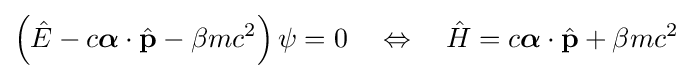
\left({\hat {E}}-c{\boldsymbol {\alpha }}\cdot {\hat {\mathbf {p} }}-\beta mc^{2}\right)\psi =0\quad \Leftrightarrow \quad {\hat {H}}=c{\boldsymbol {\alpha }}\cdot {\hat {\mathbf {p} }}+\beta mc^{2}